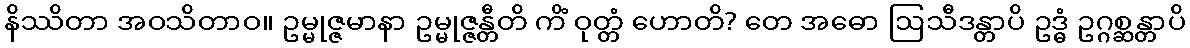
နိဿိတာ အဝသိတာဝ။ ဥမ္မုဇ္ဇမာနာ ဥမ္မုဇ္ဇန္တီတိ ကိံ ဝုတ္တံ ဟောတိ? တေ အဓော ဩသီဒန္တာပိ ဥဒ္ဓံ ဥဂ္ဂစ္ဆန္တာပိ